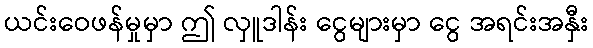
ယင်းဝေဖန်မှုမှာ ဤ လှူဒါန်း ငွေများမှာ ငွေ အရင်းအနှီး